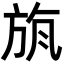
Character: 𣃲